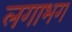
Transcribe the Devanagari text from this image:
लगाभग